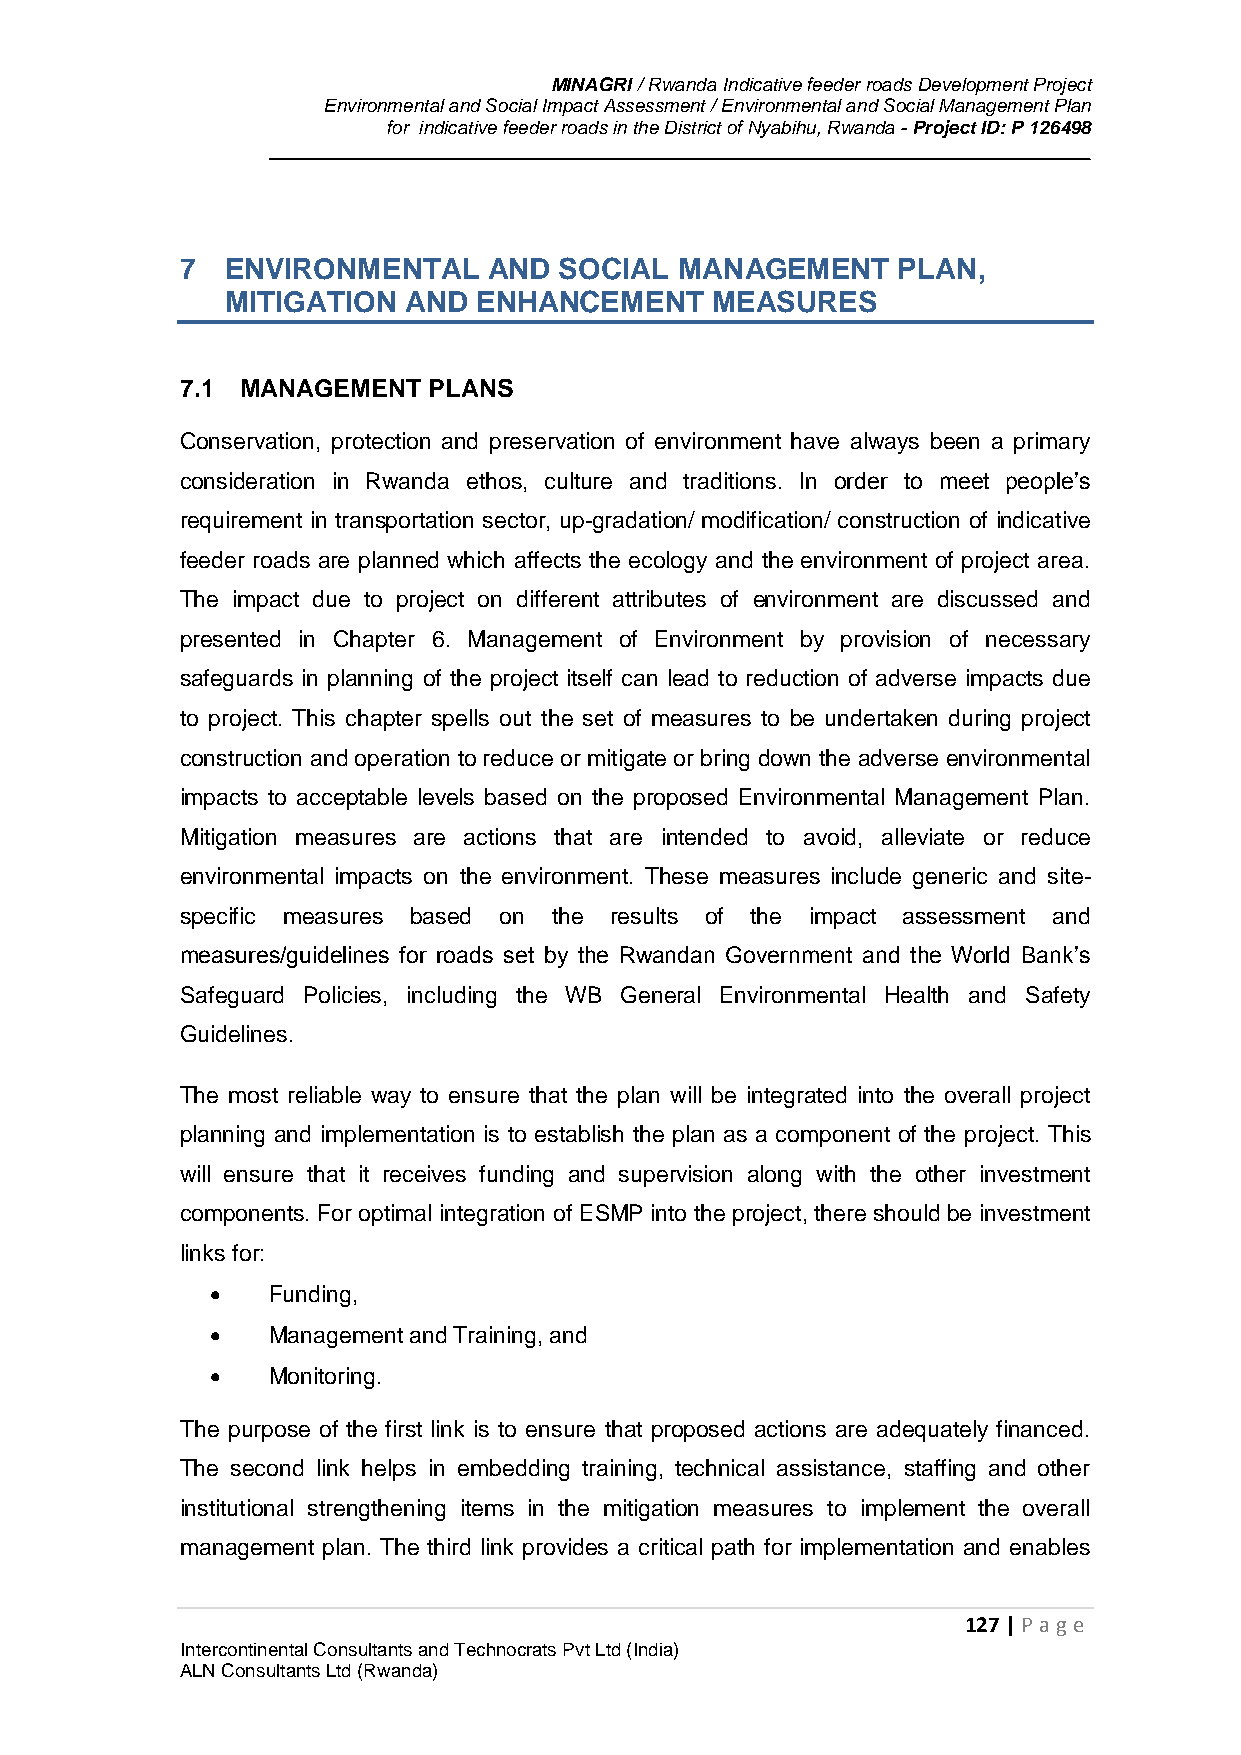
MINAGRI / Rwanda Indicative feeder roads Development Project
 Environmental and Social Impact Assessment / Environmental and Social Management Plan
 for indicative feeder roads in the District of Nyabihu, Rwanda - Project ID: P 126498
 7  ENVIRONMENTAL    AND  SOCIAL  MANAGEMENT    PLAN,
 MITIGATION  AND  ENHANCEMENT    MEASURES
 7.1 MANAGEMENT  PLANS
 Conservation, protection and preservation of environment have always been a primary
 consideration in Rwanda ethos, culture and traditions. In order to meet people’s
 requirement in transportation sector, up-gradation/ modification/ construction of indicative
 feeder roads are planned which affects the ecology and the environment of project area.
 The impact due to project on different attributes of environment are discussed and
 presented in Chapter 6. Management of Environment by provision of necessary
 safeguards in planning of the project itself can lead to reduction of adverse impacts due
 to project. This chapter spells out the set of measures to be undertaken during project
 construction and operation to reduce or mitigate or bring down the adverse environmental
 impacts to acceptable levels based on the proposed Environmental Management Plan.
 Mitigation measures are actions that are intended to avoid, alleviate or reduce
 environmental impacts on the environment. These measures include generic and site-
 specific measures based on the results of the impact assessment and
 measures/guidelines for roads set by the Rwandan Government and the World Bank’s
 Safeguard Policies, including the WB General Environmental Health and Safety
 Guidelines.
 The most reliable way to ensure that the plan will be integrated into the overall project
 planning and implementation is to establish the plan as a component of the project. This
 will ensure that it receives funding and supervision along with the other investment
 components. For optimal integration of ESMP into the project, there should be investment
 links for:
    Funding,
    Management and Training, and
    Monitoring.
 The purpose of the first link is to ensure that proposed actions are adequately financed.
 The second link helps in embedding training, technical assistance, staffing and other
 institutional strengthening items in the mitigation measures to implement the overall
 management plan. The third link provides a critical path for implementation and enables
 127 | P age
 Intercontinental Consultants and Technocrats Pvt Ltd (India)
 ALN Consultants Ltd (Rwanda)